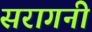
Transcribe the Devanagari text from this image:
सरागनी